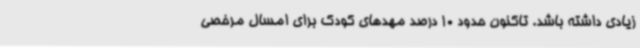
زیادی داشته باشد. تاکنون حدود 10 درصد مهدهای کودک برای امسال مرخصی